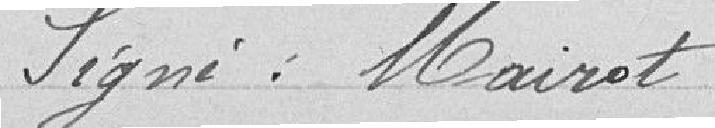
Veuillez agréer, etc.